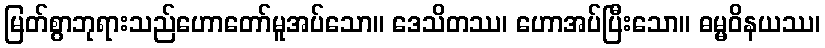
မြတ်စွာဘုရားသည်ဟောတော်မူအပ်သော။ ဒေသိတဿ၊ ဟောအပ်ပြီးသော။ ဓမ္မဝိနယဿ၊